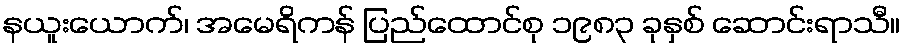
နယူးယောက်၊ အမေရိကန် ပြည်ထောင်စု ၁၉၈၃ ခုနှစ် ဆောင်းရာသီ။